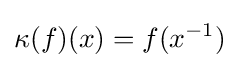
\kappa (f)(x)=f(x^{-1})